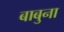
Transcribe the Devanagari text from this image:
बाबुना